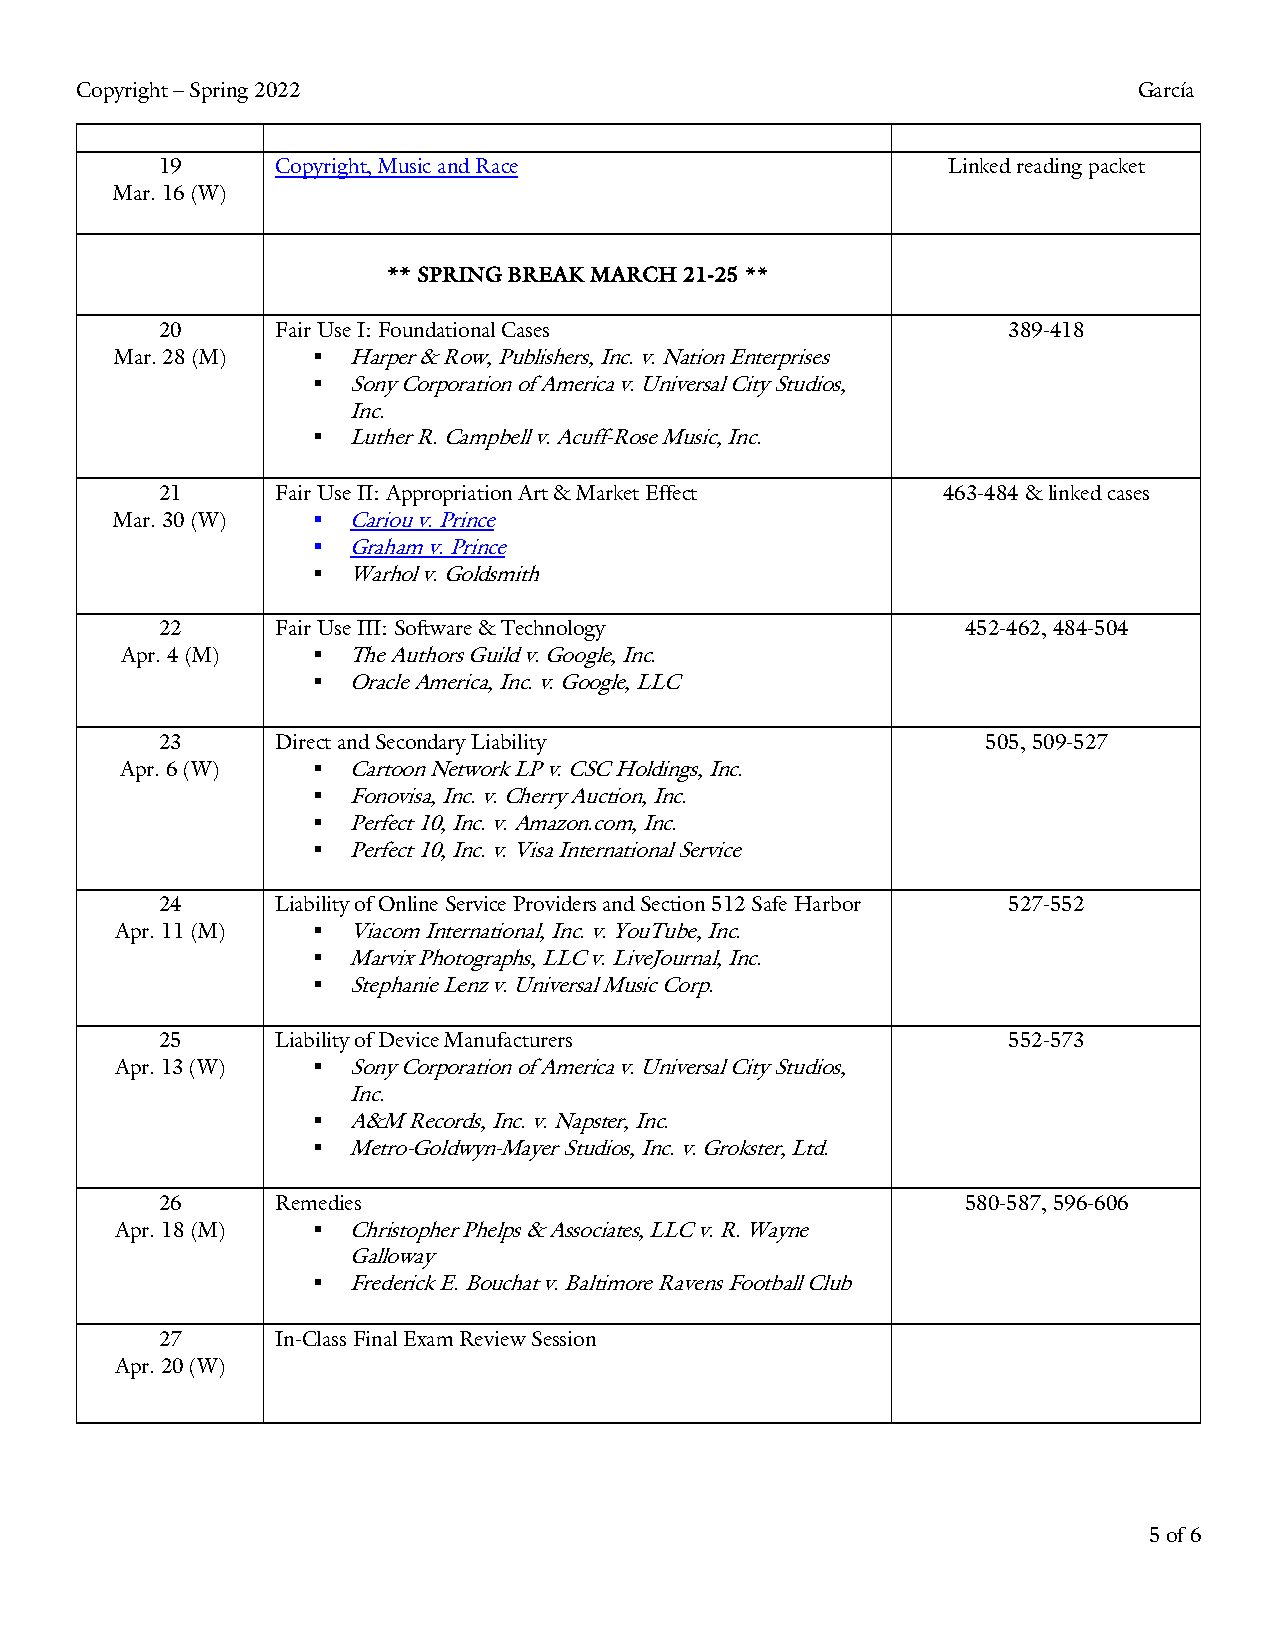
Copyright – Spring 2022                                               García
 19     Copyright, Music and Race                    Linked reading packet
 Mar. 16 (W)
 ** SPRING BREAK MARCH 21-25 **
 20     Fair Use I: Foundational Cases                   389-418
 Mar. 28 (M)  § Harper & Row, Publishers, Inc. v. Nation Enterprises
 § Sony Corporation of America v. Universal City Studios,
 Inc.
 § Luther R. Campbell v. Acuff-Rose Music, Inc.
 21     Fair Use II: Appropriation Art & Market Effect 463-484 & linked cases
 Mar. 30 (W)   § Cariou v. Prince
 § Graham v. Prince
 § Warhol v. Goldsmith
 22     Fair Use III: Software & Technology           452-462, 484-504
 Apr. 4 (M)   § The Authors Guild v. Google, Inc.
 § Oracle America, Inc. v. Google, LLC
 23     Direct and Secondary Liability                 505, 509-527
 Apr. 6 (W)   § Cartoon Network LP v. CSC Holdings, Inc.
 § Fonovisa, Inc. v. Cherry Auction, Inc.
 § Perfect 10, Inc. v. Amazon.com, Inc.
 § Perfect 10, Inc. v. Visa International Service
 24     Liability of Online Service Providers and Section 512 Safe Harbor 527-552
 Apr. 11 (M)  § Viacom International, Inc. v. YouTube, Inc.
 § Marvix Photographs, LLC v. LiveJournal, Inc.
 § Stephanie Lenz v. Universal Music Corp.
 25     Liability of Device Manufacturers                552-573
 Apr. 13 (W)  § Sony Corporation of America v. Universal City Studios,
 Inc.
 § A&M Records, Inc. v. Napster, Inc.
 § Metro-Goldwyn-Mayer Studios, Inc. v. Grokster, Ltd.
 26     Remedies                                      580-587, 596-606
 Apr. 18 (M)  § Christopher Phelps & Associates, LLC v. R. Wayne
 Galloway
 § Frederick E. Bouchat v. Baltimore Ravens Football Club
 27     In-Class Final Exam Review Session
 Apr. 20 (W)
 5 of 6